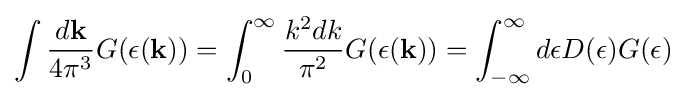
\int {\frac {d\mathbf {k} }{4\pi ^{3}}}G(\epsilon (\mathbf {k} ))=\int _{0}^{\infty }{\frac {k^{2}dk}{\pi ^{2}}}G(\epsilon (\mathbf {k} ))=\int _{-\infty }^{\infty }d\epsilon D(\epsilon )G(\epsilon )